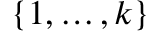
\{ 1 , \ldots , k \}